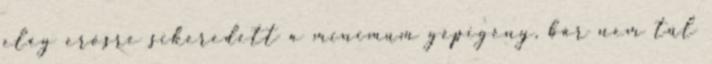
elég erősre sikeredett a minimum gépigény, bár nem túl